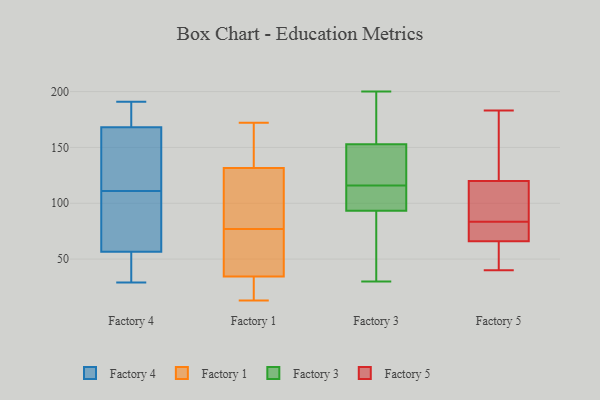
{"axis": {"x": "Active Users", "y": "Value"}, "legend": ["Factory 1", "Factory 3", "Factory 4", "Factory 5"], "data": [{"x": "", "y": 188, "type": "Factory 4"}, {"x": "", "y": 191, "type": "Factory 4"}, {"x": "", "y": 29, "type": "Factory 4"}, {"x": "", "y": 128, "type": "Factory 4"}, {"x": "", "y": 185, "type": "Factory 4"}, {"x": "", "y": 94, "type": "Factory 4"}, {"x": "", "y": 78, "type": "Factory 4"}, {"x": "", "y": 75, "type": "Factory 4"}, {"x": "", "y": 128, "type": "Factory 4"}, {"x": "", "y": 151, "type": "Factory 4"}, {"x": "", "y": 29, "type": "Factory 4"}, {"x": "", "y": 38, "type": "Factory 4"}, {"x": "", "y": 25, "type": "Factory 1"}, {"x": "", "y": 89, "type": "Factory 1"}, {"x": "", "y": 83, "type": "Factory 1"}, {"x": "", "y": 172, "type": "Factory 1"}, {"x": "", "y": 58, "type": "Factory 1"}, {"x": "", "y": 113, "type": "Factory 1"}, {"x": "", "y": 150, "type": "Factory 1"}, {"x": "", "y": 167, "type": "Factory 1"}, {"x": "", "y": 19, "type": "Factory 1"}, {"x": "", "y": 61, "type": "Factory 1"}, {"x": "", "y": 30, "type": "Factory 1"}, {"x": "", "y": 71, "type": "Factory 1"}, {"x": "", "y": 103, "type": "Factory 1"}, {"x": "", "y": 39, "type": "Factory 1"}, {"x": "", "y": 154, "type": "Factory 1"}, {"x": "", "y": 13, "type": "Factory 1"}, {"x": "", "y": 93, "type": "Factory 3"}, {"x": "", "y": 97, "type": "Factory 3"}, {"x": "", "y": 30, "type": "Factory 3"}, {"x": "", "y": 200, "type": "Factory 3"}, {"x": "", "y": 129, "type": "Factory 3"}, {"x": "", "y": 116, "type": "Factory 3"}, {"x": "", "y": 134, "type": "Factory 3"}, {"x": "", "y": 94, "type": "Factory 3"}, {"x": "", "y": 71, "type": "Factory 3"}, {"x": "", "y": 164, "type": "Factory 3"}, {"x": "", "y": 159, "type": "Factory 3"}, {"x": "", "y": 81, "type": "Factory 5"}, {"x": "", "y": 86, "type": "Factory 5"}, {"x": "", "y": 44, "type": "Factory 5"}, {"x": "", "y": 111, "type": "Factory 5"}, {"x": "", "y": 90, "type": "Factory 5"}, {"x": "", "y": 157, "type": "Factory 5"}, {"x": "", "y": 40, "type": "Factory 5"}, {"x": "", "y": 48, "type": "Factory 5"}, {"x": "", "y": 136, "type": "Factory 5"}, {"x": "", "y": 74, "type": "Factory 5"}, {"x": "", "y": 77, "type": "Factory 5"}, {"x": "", "y": 183, "type": "Factory 5"}, {"x": "", "y": 66, "type": "Factory 5"}, {"x": "", "y": 120, "type": "Factory 5"}]}